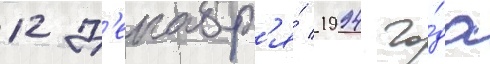
12 д'екабр'я́ 1994 го́да